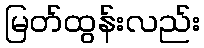
မြတ်ထွန်းလည်း